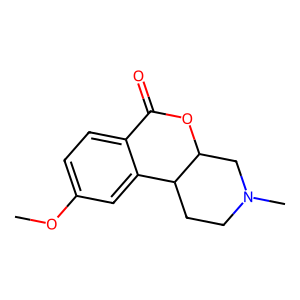
SMILES: COc1ccc2c(c1)C1CCN(C)CC1OC2=O
Inhibits HIV replication: No